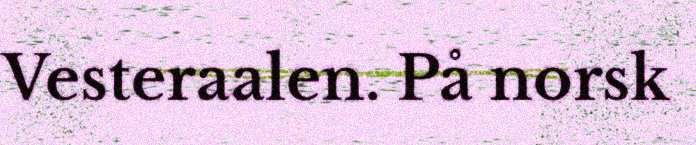
Vesteraalen. På norsk